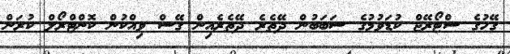
ގޭހުގެ ސްޓޯރޭޖް ކުޑަވުމުގެ ސަބަބުން ދޭތެރެ ދޭތެރެއިން ގޭސް ވިއްކުން ކޮންޓްރޯލް ކުރަން